Voisiku_vallavalitsus, lk 178
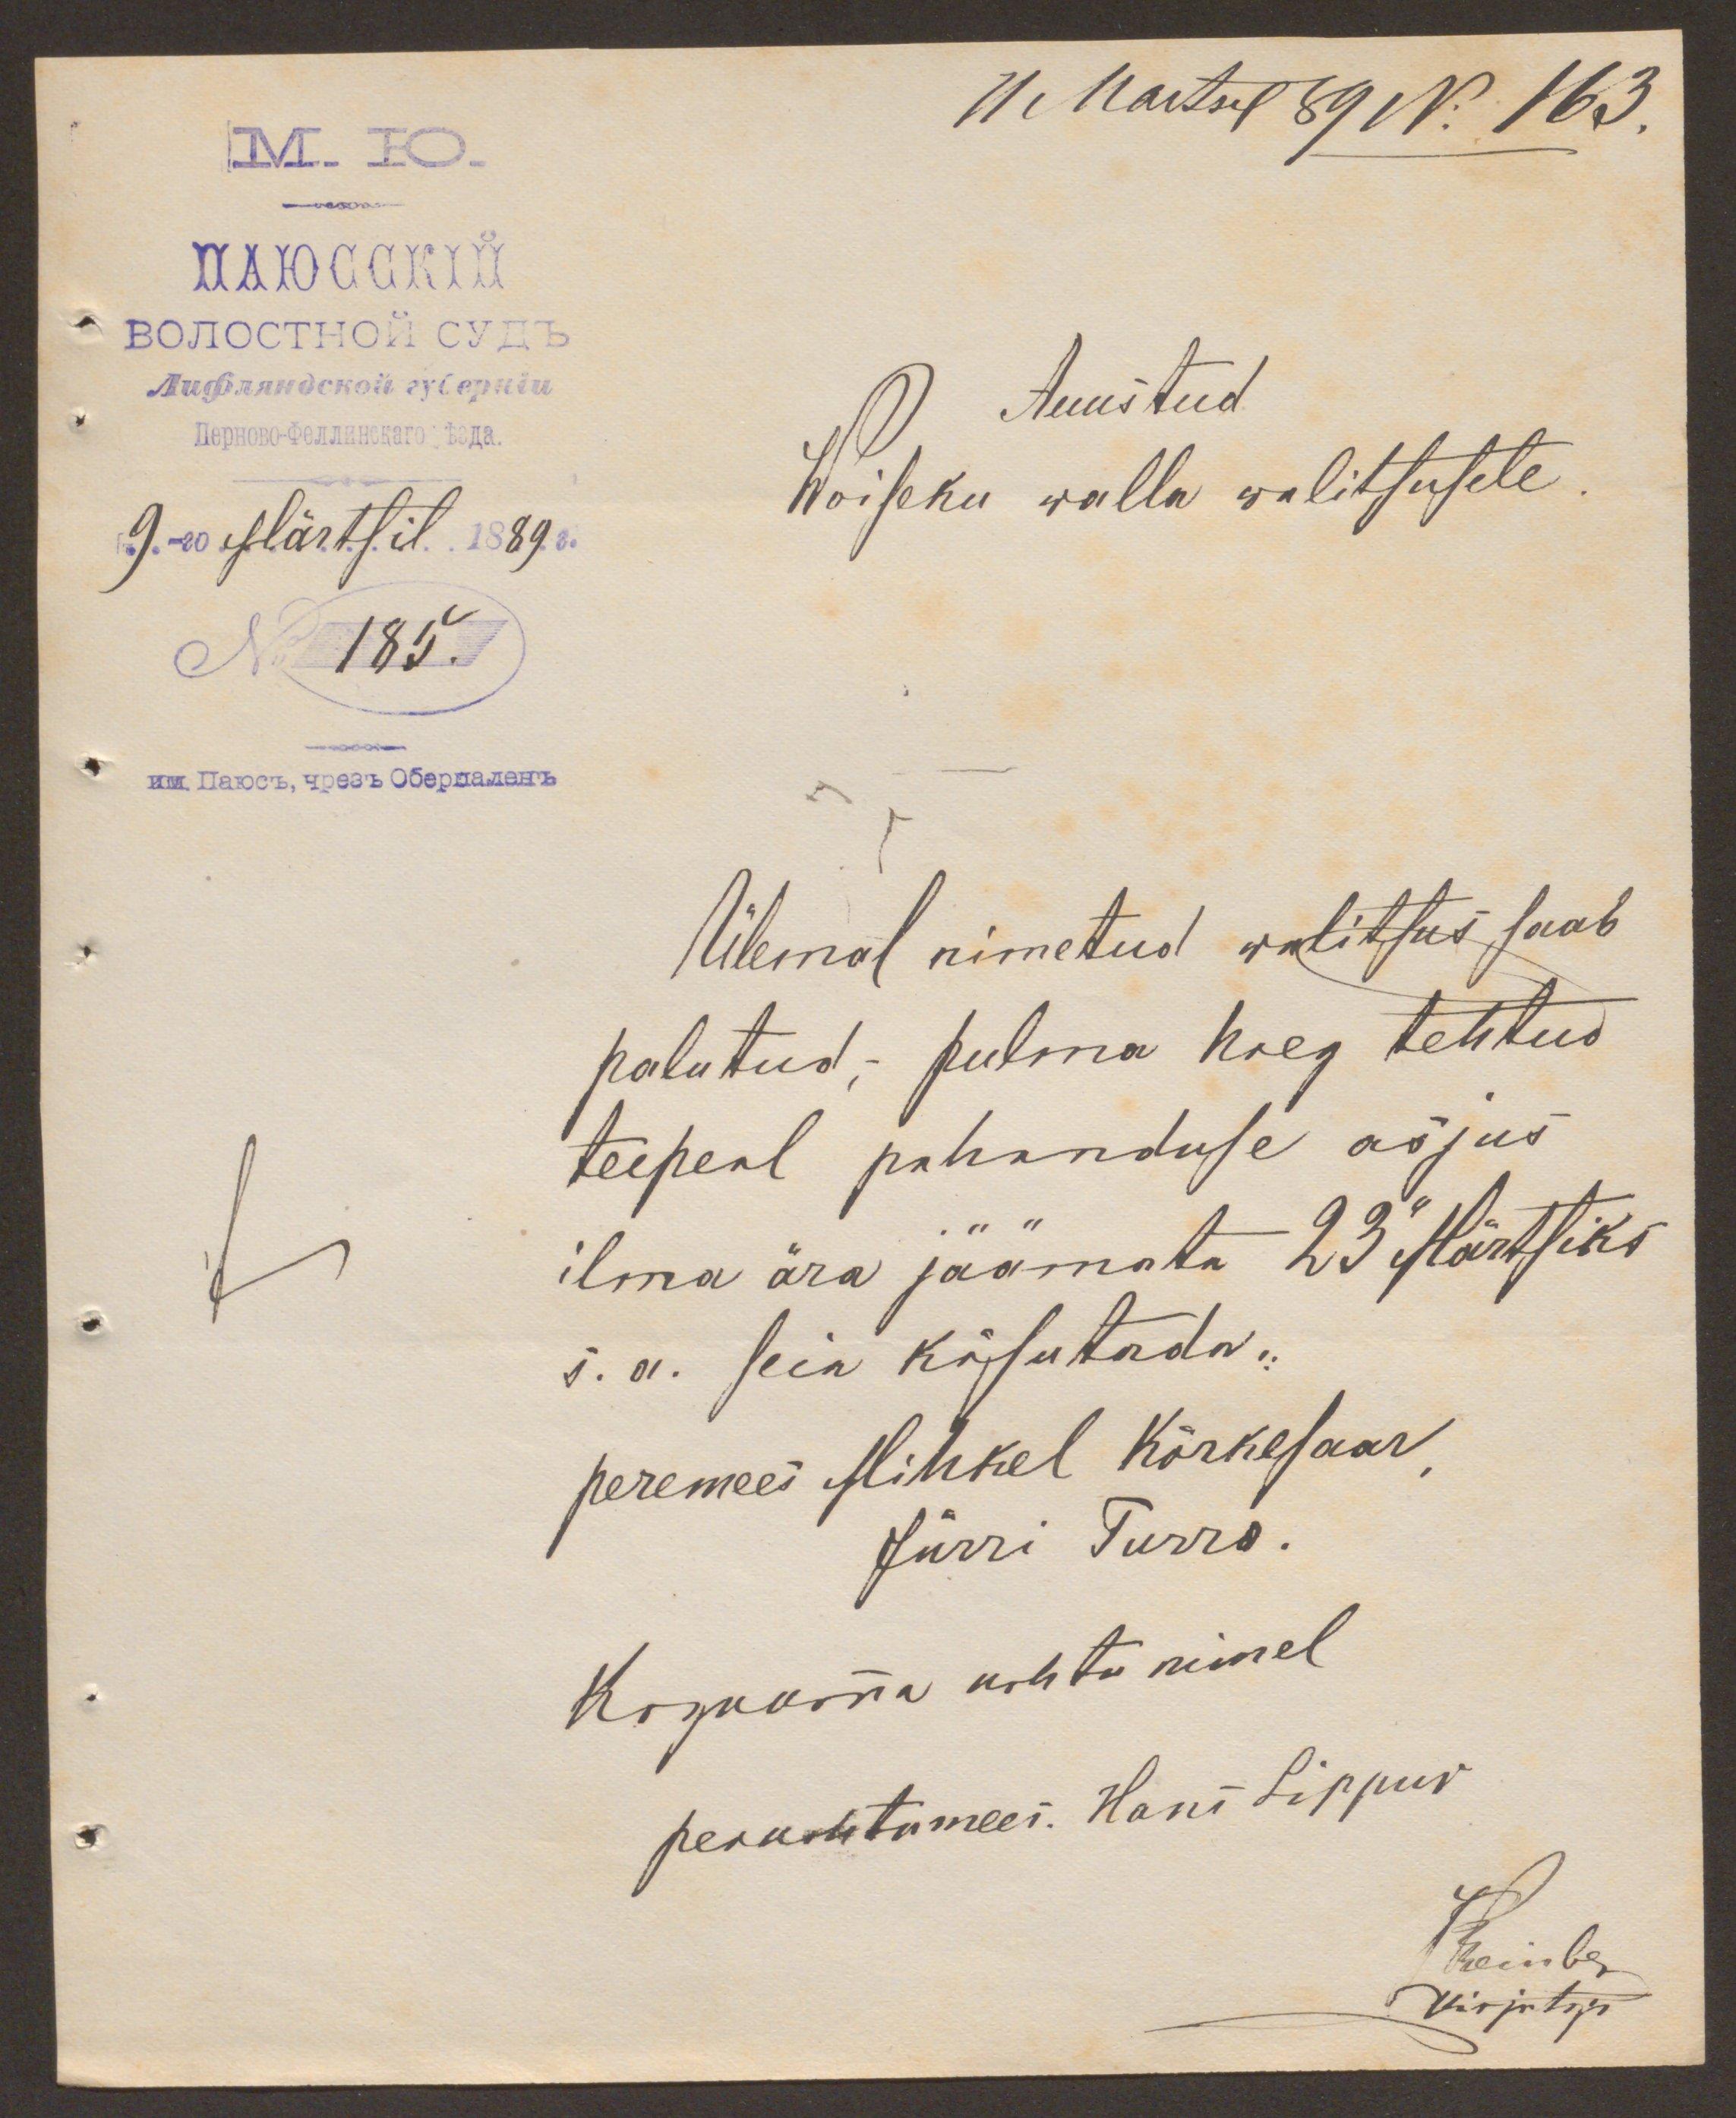
11 Martsel 89 No 163.

Auustud
Woiseku walla walitsusele.
185.

Ülemal nimetud walitsus saab
palutud,- pulma haeg tehtud
teepeal pahanduse asjus
ilma ära jäämata 23 Märtsiks
s. a. sein käsutada.
peremees Mihkel Kõrkesaar
Jürri Turro.
Kogkonna kohtu nimel.
peakohtumees. Hans Lippur
Kaumbri
Kirjutaja